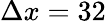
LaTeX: \Delta x=32